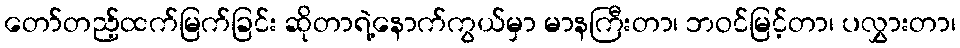
တော်တည့်ထက်မြက်ခြင်း ဆိုတာရဲ့နောက်ကွယ်မှာ မာနကြီးတာ၊ ဘဝင်မြင့်တာ၊ ပလွှားတာ၊